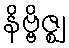
နိဗ္ဗိဇ္ဈ